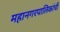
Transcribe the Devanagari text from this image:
महानगरपालिकांची